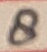
Text: 8